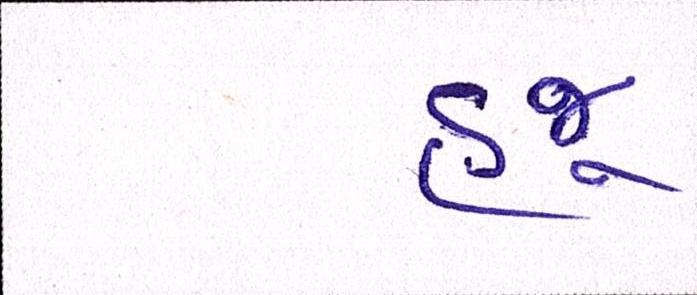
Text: હજૂ